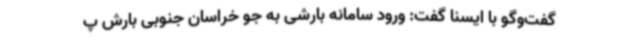
گفت‌وگو با ایسنا گفت: ورود سامانه بارشی به جو خراسان جنوبی بارش پ